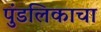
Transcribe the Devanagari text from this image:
पुंडलिकाचा